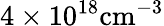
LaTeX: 4\times 10^{18}\mathrm{cm^{-3}}